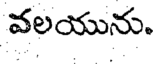
వలయును.